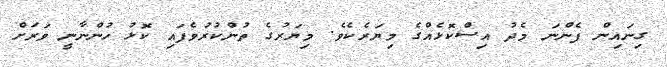
ގިނައިން ފެންނަ މެދު އިސްކޮޅެއްގެ މިޔަރެކެވެ. މިޔަރުގެ ތުންކުރުވެފައި ކޮޅު ހުންނާނީ ވަރަށް